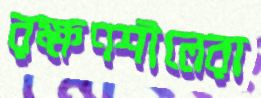
রক্ষণশীলেরা